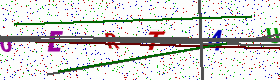
Text: 0ERT4U